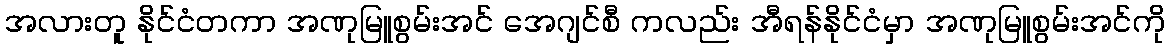
အလားတူ နိုင်ငံတကာ အဏုမြူစွမ်းအင် အေဂျင်စီ ကလည်း အီရန်နိုင်ငံမှာ အဏုမြူစွမ်းအင်ကို